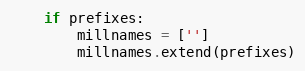
Language: Python
    if prefixes:
        millnames = ['']
        millnames.extend(prefixes)